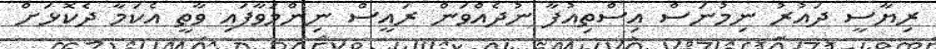
ރިޔާސީ ދައުރު ނިމުނަސް އިސްތިއުފާ ނުދެއްވަން ރައީސް ނިންމަވާފައި ވާތީ އެކަމާ ދެކޮޅަށް